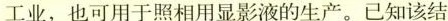
工业，也可用于照相用显影液的生产。已知该结